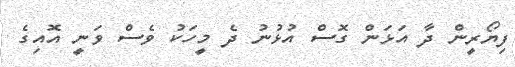
ފިޔޯރީން ދާ އަޅަން ގޮސް އުޅުނު ދެ މީހަކު ވެސް ވަނީ އޮއިގެ